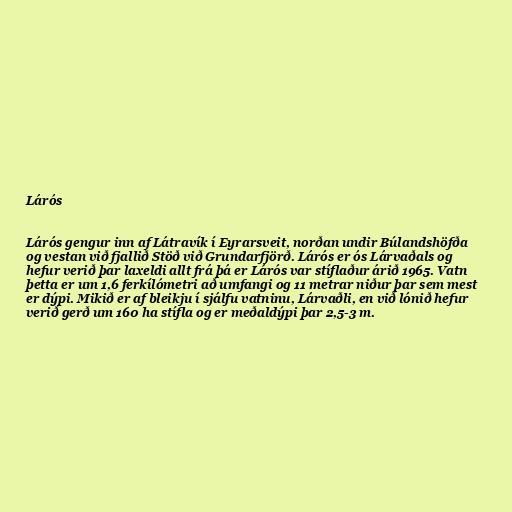
Lárós

Lárós gengur inn af Látravík í Eyrarsveit, norðan undir Búlandshöfða
og vestan við fjallið Stöð við Grundarfjörð. Lárós er ós Lárvaðals og
hefur verið þar laxeldi allt frá þá er Lárós var stíflaður árið 1965. Vatn
þetta er um 1,6 ferkílómetri að umfangi og 11 metrar niður þar sem mest
er dýpi. Mikið er af bleikju í sjálfu vatninu, Lárvaðli, en við lónið hefur
verið gerð um 160 ha stífla og er meðaldýpi þar 2,5-3 m.